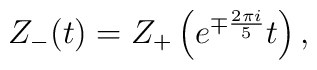
Z_-(t)=Z_+\left(e^{\mp{2\pi i\over 5}}t\right),